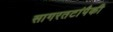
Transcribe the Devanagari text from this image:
सागरतटांपैकी